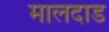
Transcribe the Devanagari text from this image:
मालदाड